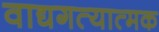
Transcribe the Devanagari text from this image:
वाद्यगत्यात्मक